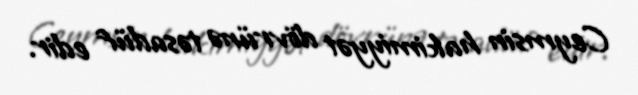
Ceymsin hakimiyyət dövrünə təsadüf edir.